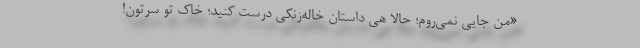
«من جایی نمی‌روم؛ حالا هی داستان خاله‌زنکی درست کنید؛ خاک تو سرتون!